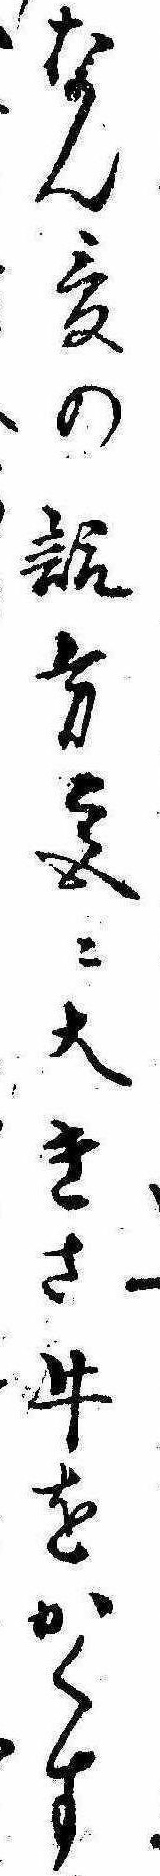
なん爰の諏方宮に大きさ牛をかくす